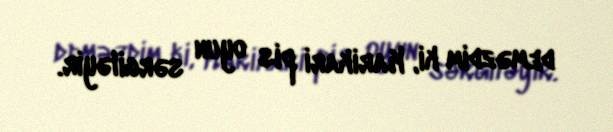
deməzdim ki, Karikari pis oyun sərgiləyir.